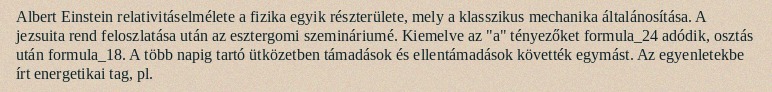
Albert Einstein relativitáselmélete a fizika egyik részterülete, mely a klasszikus mechanika általánosítása. A jezsuita rend feloszlatása után az esztergomi szemináriumé. Kiemelve az "a" tényezőket formula_24 adódik, osztás után formula_18. A több napig tartó ütközetben támadások és ellentámadások követték egymást. Az egyenletekbe írt energetikai tag, pl.